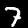
Label: 7